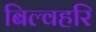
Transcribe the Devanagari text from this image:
बिल्वहरि